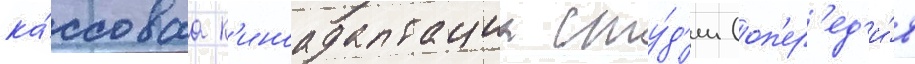
ка́ссоваа к'иноадаптациа сту́д'ии (оп'ер'ед'и́в